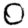
Digit: 0